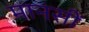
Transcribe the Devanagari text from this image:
मानसीं